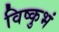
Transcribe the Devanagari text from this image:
विष्कुभं